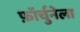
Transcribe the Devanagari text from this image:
फ़ॉर्चुनेला